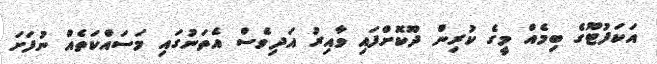
އަކަފުޓޫގެ ބިމެއް މީގެ ކުރިން ދޫކޮށްފައި ވާއިރު އަދިވެސް އެތަނުގައި މަސައްކަތެއް ނުފަށަ